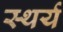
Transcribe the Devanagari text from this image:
स्थर्य